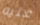
عليه